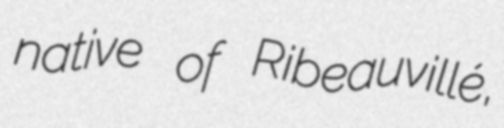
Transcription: native of Ribeauvillé,